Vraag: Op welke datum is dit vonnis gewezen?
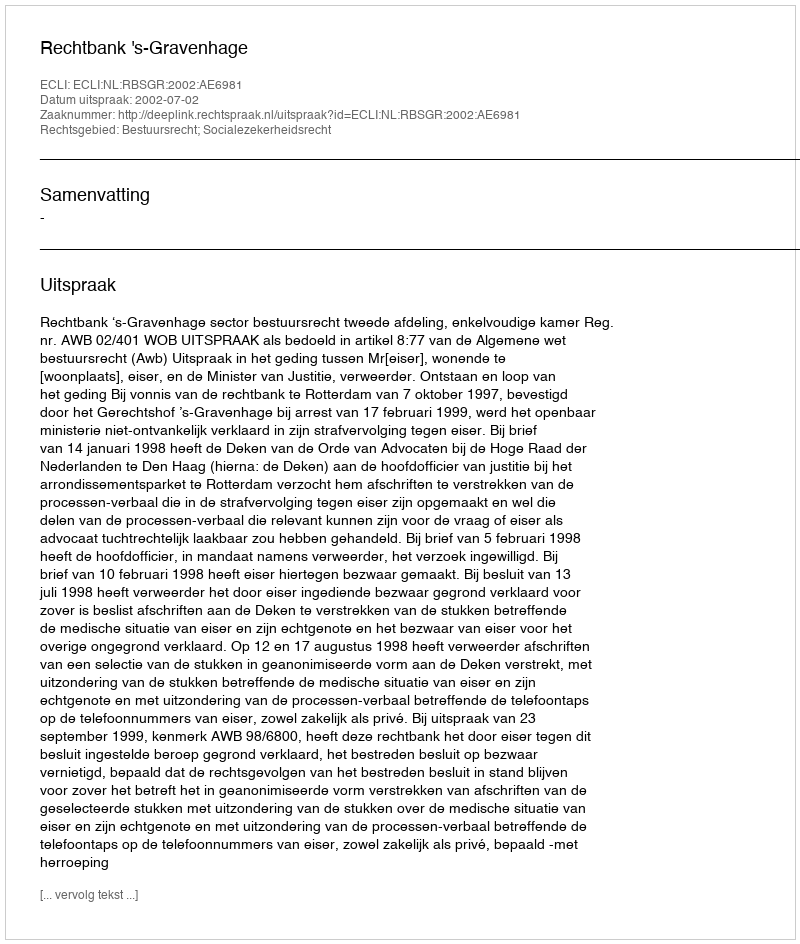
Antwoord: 2002-07-02